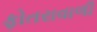
ફોતરાવાળી